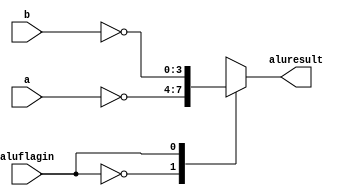
module N #(parameter ancho=4)(
    input [ancho-1:0]a, b, 
    input aluflagin,
    output reg [ancho-1:0]aluresult
    );
    
    always @(*) begin
        case(aluflagin)
            1'b0: aluresult=~a;
            1'b1: aluresult=~b;
        endcase
    end
endmodule